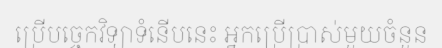
ប្រើបច្ចេកវិទ្យាទំនើបនេះ អ្នកប្រើប្រាស់មួយចំនួន